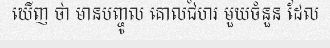
ឃើញ ថា មានបញ្ចូល គោលជំហរ មួយចំនួន ដែល